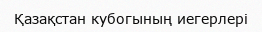
Қазақстан кубогының иегерлері